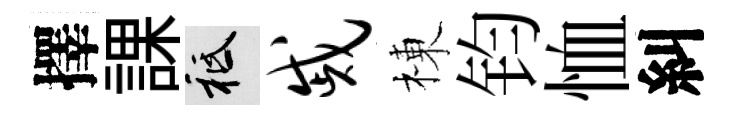
擇課祇戚棟钧恤糾